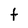
Character: t